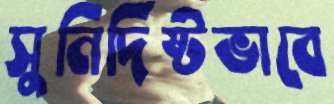
সুনির্দিষ্টভাবে